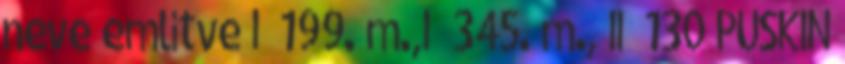
neve említve I 199. m.,I 345. m., II 130 PUSKIN